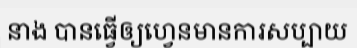
នាង បានធ្វើឲ្យហ្វេនមានការសប្បាយ